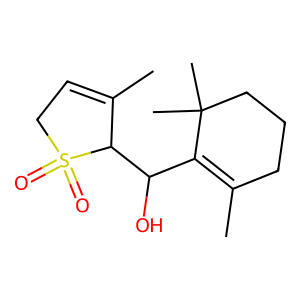
SMILES: CC1=CCS(=O)(=O)C1C(O)C1=C(C)CCCC1(C)C
Inhibits HIV replication: No